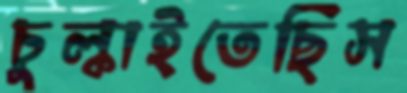
চুল্‌কাইতেছিস